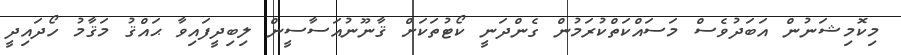
މިކޮމިޝަނުން އަބަދުވެސް މަސައްކަތްކުރަމުން ގެންދަނީ ކޯޓުތަކަށް ޤާނޫނުއަސާސީން ލިބިދީފައިވާ ޙައްޤު މަޤާމު ހޯދައިދީ